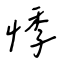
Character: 悸